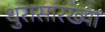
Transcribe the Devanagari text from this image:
धुरासारख्या